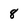
Character: 8